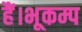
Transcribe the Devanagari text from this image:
हैं।भूकम्प